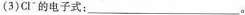
(3)Cl^{-}的电子式：___。